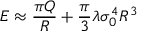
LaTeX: E \approx { \frac { \pi Q } { R } } + { \frac { \pi } { 3 } } \lambda \sigma _ { 0 } ^ { 4 } R ^ { 3 }